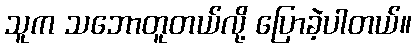
သူက သဘောတူတယ်လို့ ပြောခဲ့ပါတယ်။